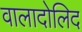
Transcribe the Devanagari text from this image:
वालादोलिद